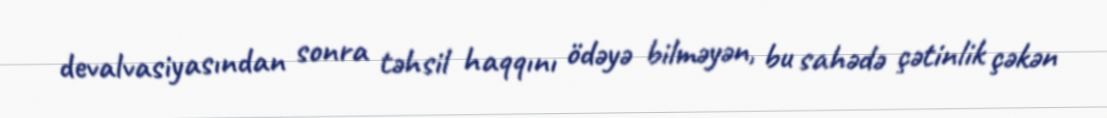
devalvasiyasından sonra təhsil haqqını ödəyə bilməyən, bu sahədə çətinlik çəkən